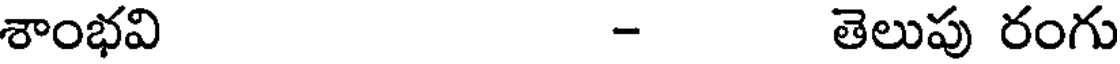
శాంభవి - తెలుపు రంగు